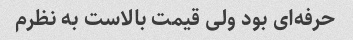
حرفه‌ای بود ولی قیمت بالاست به نظرم